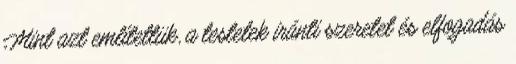
Mint azt említettük, a testetek iránti szeretet és elfogadás